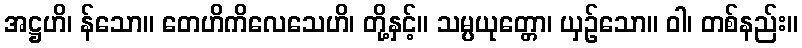
အဋ္ဌဟိ၊ န်သော။ တေဟိကိလေသေဟိ၊ တို့နှင့်။ သမ္ပယုတ္တော၊ ယှဉ်သော။ ဝါ၊ တစ်နည်း။